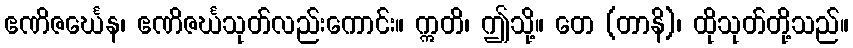
ဧဏိဇင်္ဃေန၊ ဧဏိဇင်္ဃသုတ်လည်းကောင်း။ ဣတိ၊ ဤသို့။ တေ (တာနိ)၊ ထိုသုတ်တို့သည်။